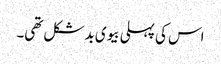
اس کی پہلی بیوی بدشکل تھی۔